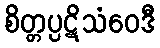
စိတ္တပ္ပဋိသံဝေဒီ